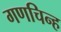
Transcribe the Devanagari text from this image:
गणचिन्ह